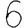
Digit: 6